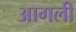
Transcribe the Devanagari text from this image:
आगली